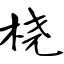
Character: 桡